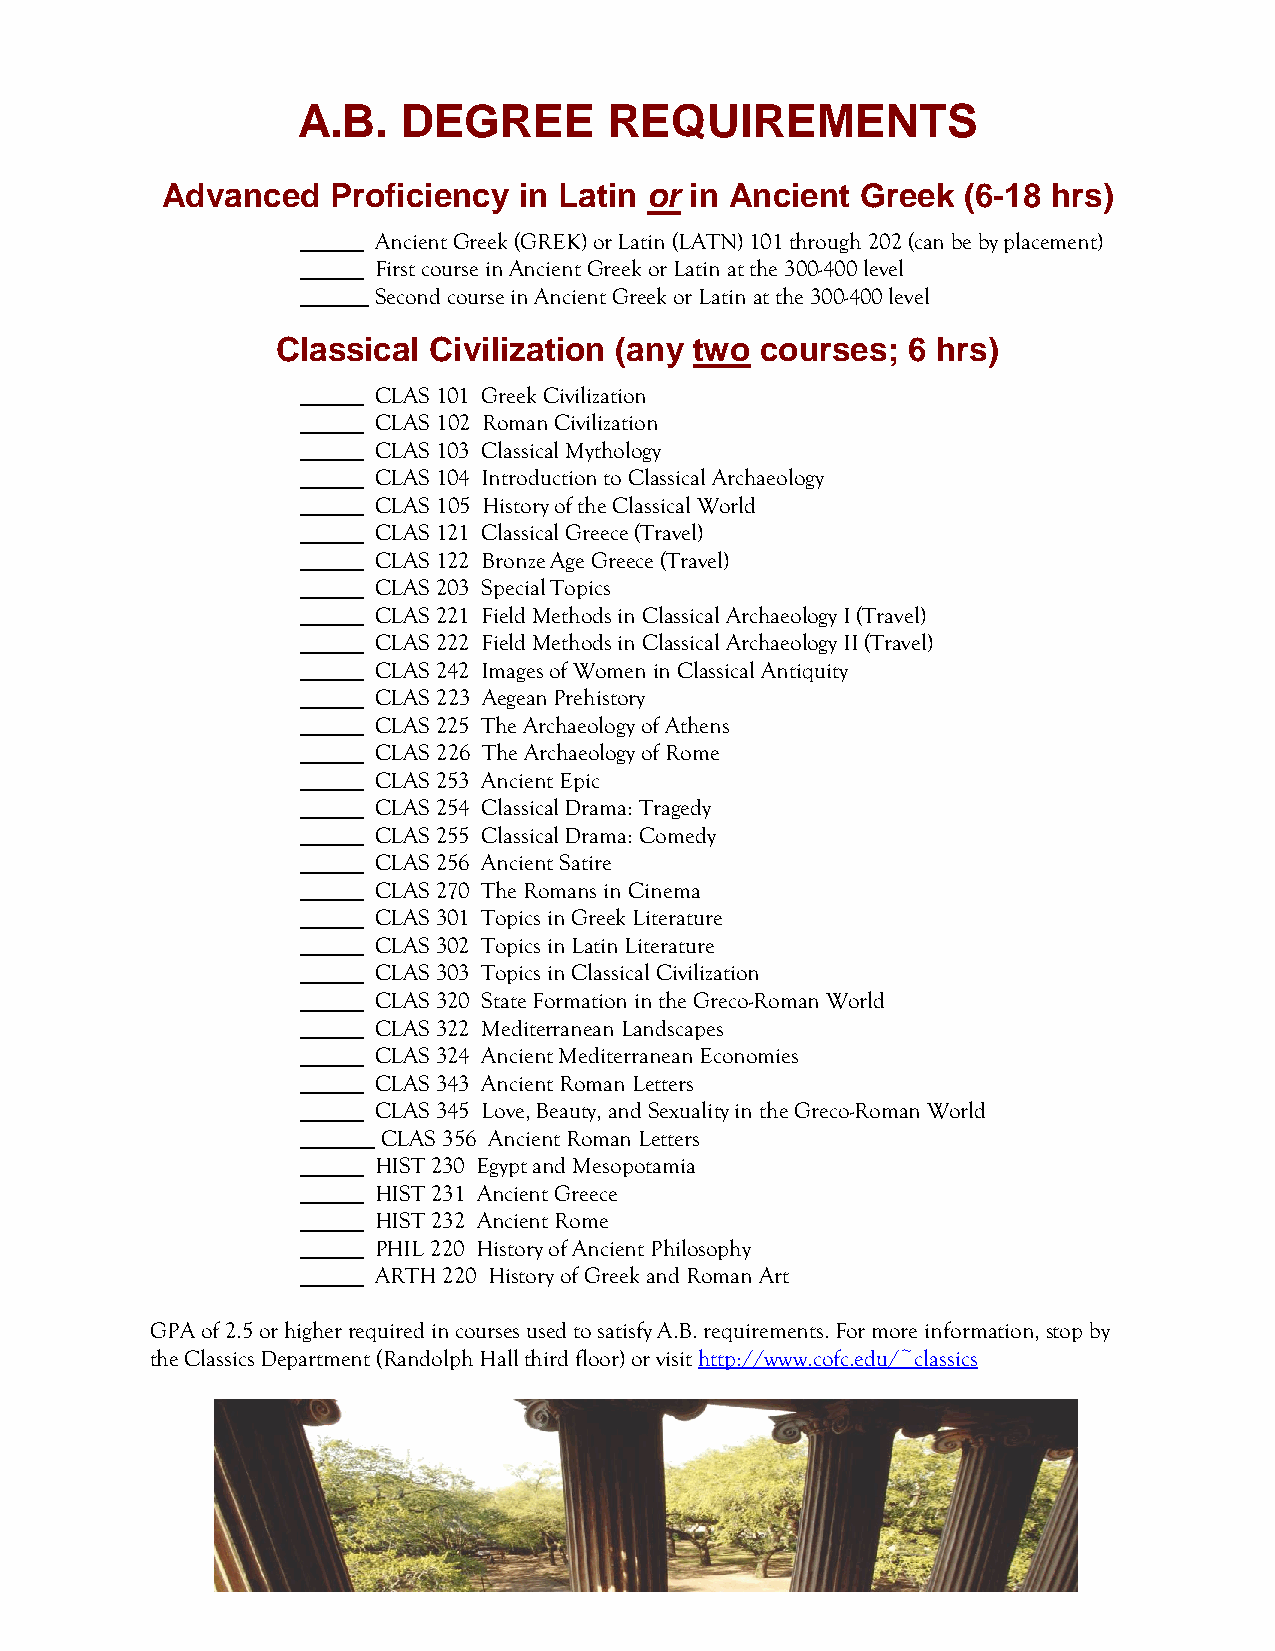
A.B.   DEGREE       REQUIREMENTS
 Advanced   Proficiency in Latin or in Ancient Greek  (6-18 hrs)
 Ancient Greek (GREK) or Latin (LATN) 101 through 202 (can be by placement)
 First course in Ancient Greek or Latin at the 300-400 level
 Second course in Ancient Greek or Latin at the 300-400 level
 Classical Civilization (any two courses;  6 hrs)
 CLAS 101 Greek Civilization
 CLAS 102 Roman Civilization
 CLAS 103 Classical Mythology
 CLAS 104 Introduction to Classical Archaeology
 CLAS 105 History of the Classical World
 CLAS 121 Classical Greece (Travel)
 CLAS 122 Bronze Age Greece (Travel)
 CLAS 203 Special Topics
 CLAS 221 Field Methods in Classical Archaeology I (Travel)
 CLAS 222 Field Methods in Classical Archaeology II (Travel)
 CLAS 242 Images of Women in Classical Antiquity
 CLAS 223 Aegean Prehistory
 CLAS 225 The Archaeology of Athens
 CLAS 226 The Archaeology of Rome
 CLAS 253 Ancient Epic
 CLAS 254 Classical Drama: Tragedy
 CLAS 255 Classical Drama: Comedy
 CLAS 256 Ancient Satire
 CLAS 270 The Romans in Cinema
 CLAS 301 Topics in Greek Literature
 CLAS 302 Topics in Latin Literature
 CLAS 303 Topics in Classical Civilization
 CLAS 320 State Formation in the Greco-Roman World
 CLAS 322 Mediterranean Landscapes
 CLAS 324 Ancient Mediterranean Economies
 CLAS 343 Ancient Roman Letters
 CLAS 345 Love, Beauty, and Sexuality in the Greco-Roman World
 CLAS 356 Ancient Roman Letters
 HIST 230 Egypt and Mesopotamia
 HIST 231 Ancient Greece
 HIST 232 Ancient Rome
 PHIL 220 History of Ancient Philosophy
 ARTH 220 History of Greek and Roman Art
 GPA of 2.5 or higher required in courses used to satisfy A.B. requirements. For more information, stop by
 the Classics Department (Randolph Hall third floor) or visit http://www.cofc.edu/~classics